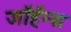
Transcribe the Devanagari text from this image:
जॉहॅन्स